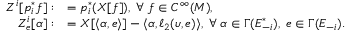
\begin{array} { r l } { Z ^ { i } [ p _ { i } ^ { * } f ] : } & { = p _ { i } ^ { * } ( X [ f ] ) , \; \forall \; f \in C ^ { \infty } ( M ) , } \\ { Z _ { e } ^ { i } [ \alpha ] : } & { = X [ \langle \alpha , e \rangle ] - \langle \alpha , \ell _ { 2 } ( \upsilon , e ) \rangle , \; \forall \; \alpha \in \Gamma ( E _ { - i } ^ { * } ) , \; e \in \Gamma ( E _ { - i } ) . } \end{array}